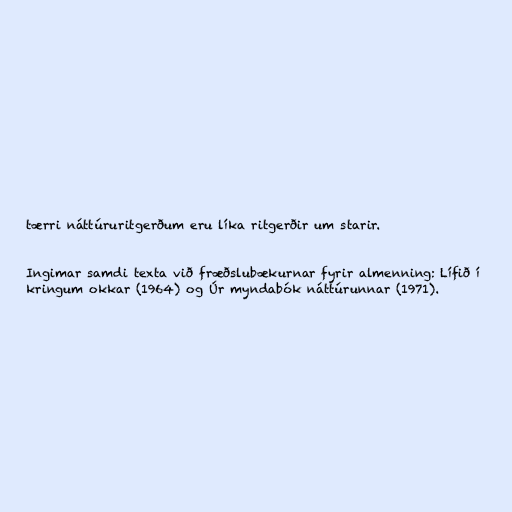
tærri náttúruritgerðum eru líka ritgerðir um starir.

Ingimar samdi texta við fræðslubækurnar fyrir almenning: Lífið í
kringum okkar (1964) og Úr myndabók náttúrunnar (1971).